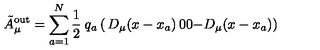
\tilde { A } _ { \mu } ^ { \mathrm { o u t } } = \sum _ { a = 1 } ^ { N } { \frac { 1 } { 2 } } \: q _ { a } \left( \begin{matrix} { D _ { \mu } ( x - x _ { a } ) } & { 0 } \\ { 0 } & { - D _ { \mu } ( x - x _ { a } ) } \\ \end{matrix} \right)